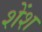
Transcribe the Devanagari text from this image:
शेंश